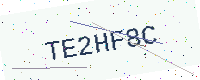
Text: TE2HF8C